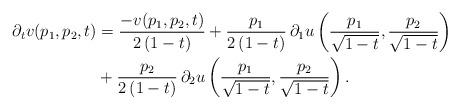
LaTeX: \begin{align*}\partial_t v(p_1,p_2,t) & =\frac{-v(p_1,p_2,t)}{2\left(1-t\right)}+\frac{p_1}{2\left(1-t\right)}\, \partial_1 u\left(\frac{p_1}{\sqrt{1-t}},\frac{p_2}{\sqrt{1-t}}\right)\\& +\frac{p_2}{2\left(1-t\right)}\, \partial_2 u\left(\frac{p_1}{\sqrt{1-t}},\frac{p_2}{\sqrt{1-t}}\right).\end{align*}